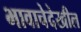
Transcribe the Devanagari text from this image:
भावाचेदेखील